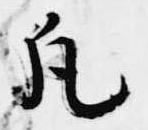
凡